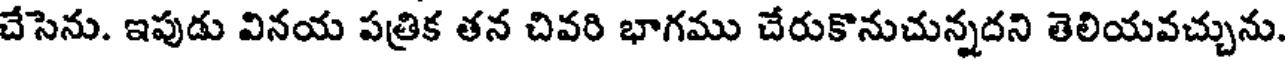
చేసెను. ఇపుడు వినయ పత్రిక తన చివరి భాగము చేరుకొనుచున్నదని తెలియవచ్చును.